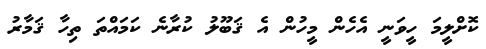
ކޮށްލީމަ ހީވަނީ އެހެން މީހުން އެ ޤަބޫލު ކުރާނެ ކަމައްތަ ތިހާ ޤަމާރު